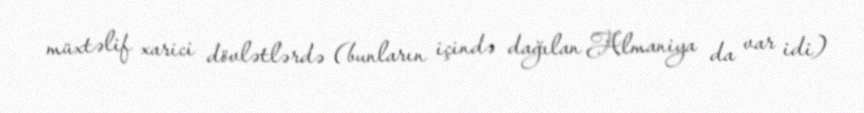
müxtəlif xarici dövlətlərdə (bunların içində dağılan Almaniya da var idi)